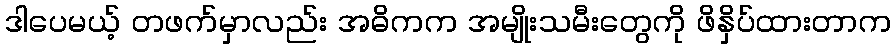
ဒါပေမယ့် တဖက်မှာလည်း အဓိကက အမျိုးသမီးတွေကို ဖိနှိပ်ထားတာက